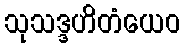
သုသဒ္ဒဟိတံယေဝ